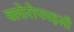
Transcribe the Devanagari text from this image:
क्लोरोफाइसी